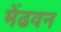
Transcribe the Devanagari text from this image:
मेंढवन